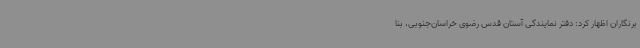
برنگاران اظهار کرد: دفتر نمایندگی آستان قدس رضوی خراسان‌جنوبی، بنا